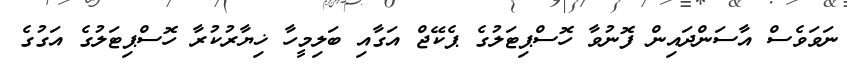
ނަވަވެސް އާސަންދައިން ފޮނުވާ ހޮސްޕިޓަލުގެ ޕެކޭޖް އަގާއި ބަލިމީހާ ޚިޔާރުކުރާ ހޮސްޕިޓަލުގެ އަގުގެ